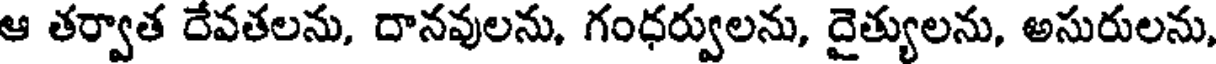
ఆ తర్వాత దేవతలను, దానవులను, గంధర్వులను, దైత్యులను, అసురులను,